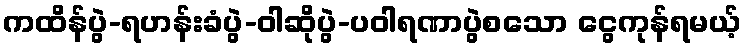
ကထိန်ပွဲ-ရဟန်းခံပွဲ-ဝါဆိုပွဲ-ပဝါရဏာပွဲစသော ငွေကုန်ရမယ့်